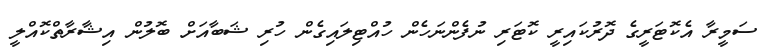
ސަމީރާ އެކޮޓަރީގެ ދޮރުކައިރީ ކޮޓަރި ނުފެންނަހެން ހުއްޓިލައިގެން ހުރި ޝަބާއަށް ބޮލުން އިޝާރާތްކޮއްލީ